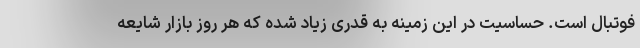
فوتبال است. حساسیت در این زمینه به قدری زیاد شده که هر روز بازار شایعه